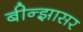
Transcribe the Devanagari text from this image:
बीन्झासर